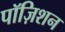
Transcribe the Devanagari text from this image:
पॉज़िशन